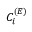
C _ { i } ^ { ( { \cal E } ) }